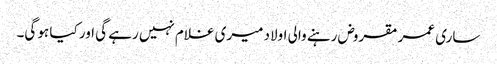
ساری عمر مقروض رہنے والی اولاد میری غلام نہیں رہے گی اور کیا ہو گی۔